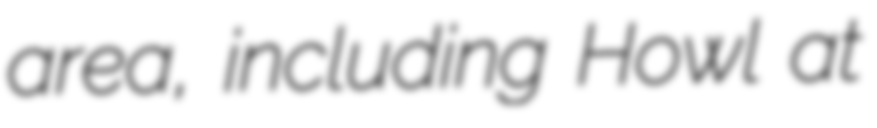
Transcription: area, including Howl at